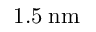
1 . 5 \; \mathrm { n m }